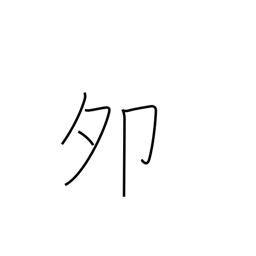
Meaning: 5-7AM